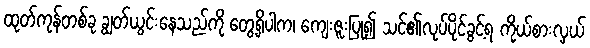
ထုတ်ကုန်တစ်ခု ချွတ်ယွင်းနေသည်ကို တွေ့ရှိပါက၊ ကျေးဇူးပြု၍ သင်၏လုပ်ပိုင်ခွင့်ရ ကိုယ်စားလှယ်